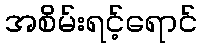
အစိမ်းရင့်ရောင်